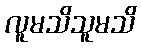
လူမသိသူမသိ